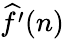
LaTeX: {\widehat{f^{\prime}}}(n)